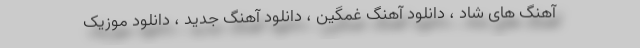
آهنگ های شاد ، دانلود آهنگ غمگین ، دانلود آهنگ جدید ، دانلود موزیک